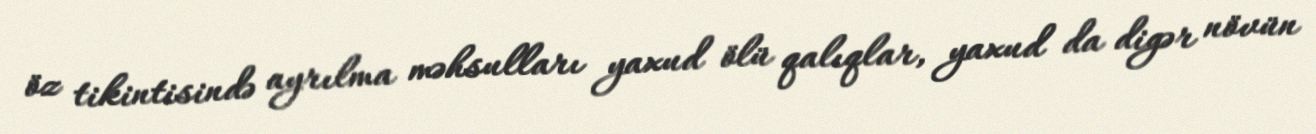
öz tikintisində ayrılma məhsulları yaxud ölü qalıqlar, yaxud da digər növün